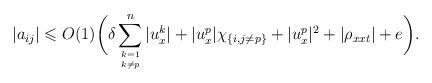
LaTeX: \begin{align*}|a_{ij}|\leqslant O(1)\bigg(\delta \sum_{k=1 \atop k \neq p}^n |u^k_x|+|u^p_x| \chi_{\{i,j \neq p\}} + |u^p_x|^2 + |\rho_{xxt}|+ e\bigg).\end{align*}